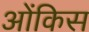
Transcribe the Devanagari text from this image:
ओंकिस